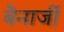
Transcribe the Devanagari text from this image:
बैनार्जी